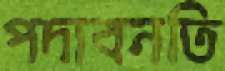
পদাবনতি